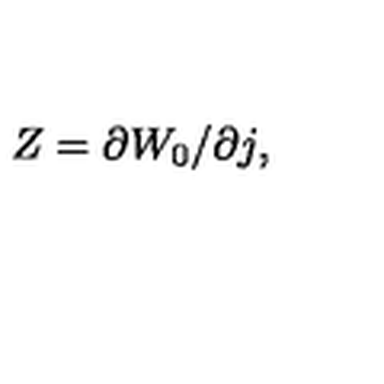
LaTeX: Z = \partial W _ { 0 } / \partial j ,